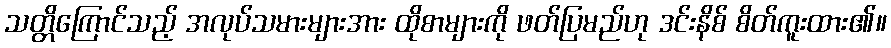
သတ္တိကြောင်သည့် အလုပ်သမားများအား ထိုစာများကို ဖတ်ပြမည်ဟု ဒင်းနိစ် စိတ်ကူးထား၏။